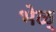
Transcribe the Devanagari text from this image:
भेळ्